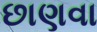
છાણવા